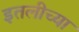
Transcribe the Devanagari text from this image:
इतलीच्या